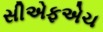
સીએફએચ